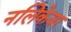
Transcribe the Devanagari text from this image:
नलिकेवर